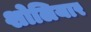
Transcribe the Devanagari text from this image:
शोलियार